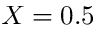
X = 0 . 5